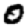
Digit: 0